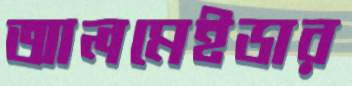
আলমেইডার